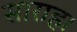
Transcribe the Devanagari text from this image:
साराह।